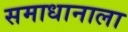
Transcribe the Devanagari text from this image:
समाधानाला